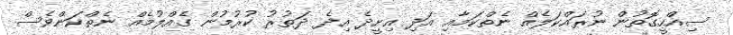
ސިއްހީގޮތުން ނުރައްކަލެއް ނެތްކަމާއި އަދި އިށީދެ އިދެ ދަތުރު ކުރުމުން ގެއްލުމެއް ނެތްކަންވެސް